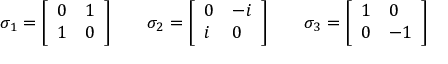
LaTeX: \sigma _ { 1 } = { \left[ \begin{array} { l l } { 0 } & { 1 } \\ { 1 } & { 0 } \end{array} \right] } \quad \quad \sigma _ { 2 } = { \left[ \begin{array} { l l } { 0 } & { - i } \\ { i } & { 0 } \end{array} \right] } \quad \quad \sigma _ { 3 } = { \left[ \begin{array} { l l } { 1 } & { 0 } \\ { 0 } & { - 1 } \end{array} \right] }